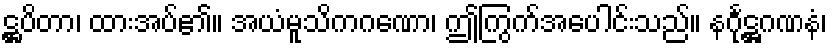
ဋ္ဌပိတာ၊ ထားအပ်၏။ အယံမူသိကဂဏော၊ ဤကြွက်အပေါင်းသည်။ နင်္ဂုဋ္ဌဂဏနံ၊